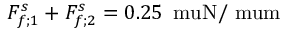
F _ { f ; 1 } ^ { s } + F _ { f ; 2 } ^ { s } = 0 . 2 5 \, \mathrm { \ m u N / \ m u m }